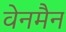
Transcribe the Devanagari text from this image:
वेनमैन